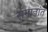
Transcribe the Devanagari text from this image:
समानांत